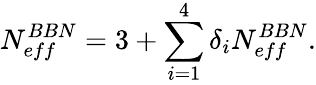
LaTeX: N_{eff}^{BBN}=3+\sum_{i=1}^{4}\delta_{i}N_{eff}^{BBN}.